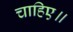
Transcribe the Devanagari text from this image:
चाहिए॥